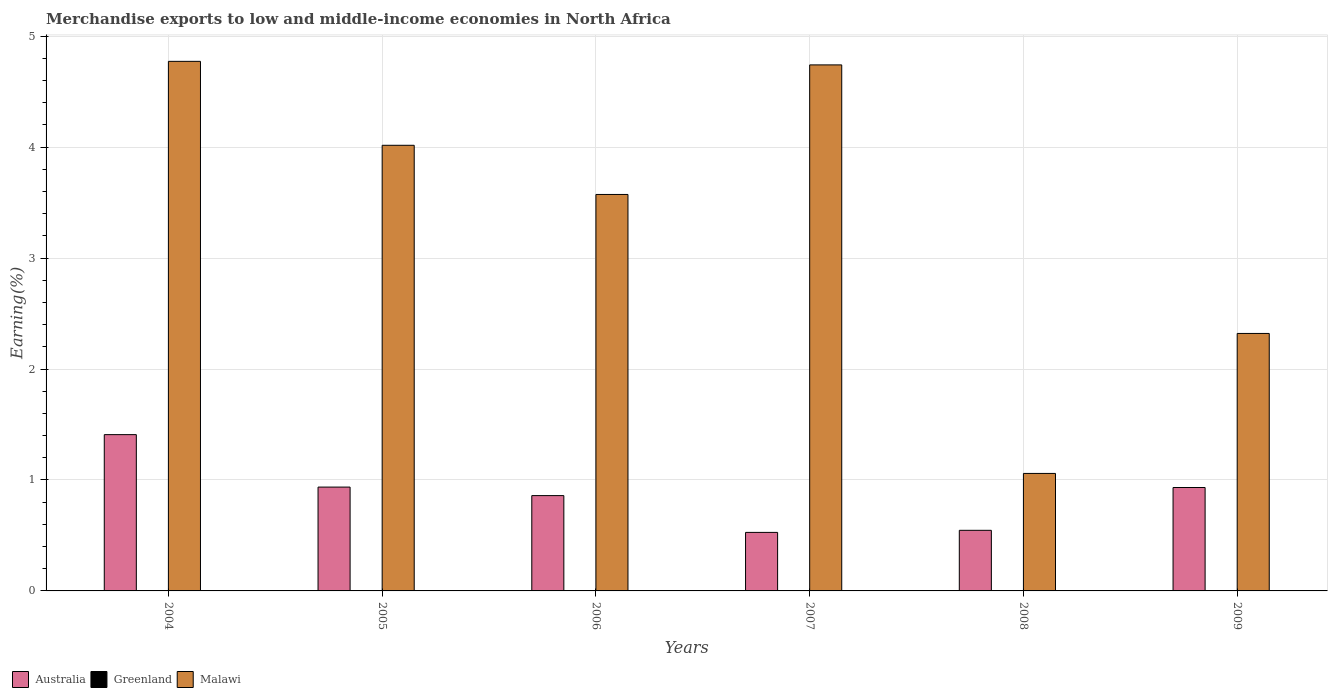
| Years | Australia | Greenland | Malawi |
 | --- | --- | --- | --- |
 | 2004 | 1.41 | 2.79e-05 | 4.77 |
 | 2005 | 0.936 | 0.00084 | 4.02 |
 | 2006 | 0.859 | 0.000675 | 3.57 |
 | 2007 | 0.527 | 0.000208 | 4.74 |
 | 2008 | 0.546 | 0.000247 | 1.06 |
 | 2009 | 0.932 | 0.000154 | 2.32 |